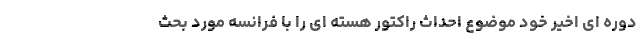
دوره ای اخیر خود موضوع احداث راکتور هسته ای را با فرانسه مورد بحث